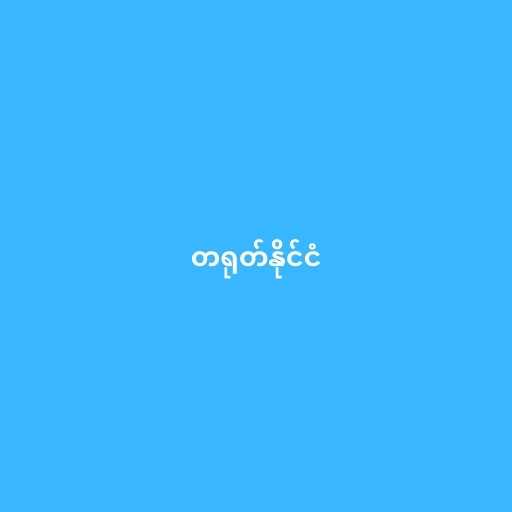
တရုတ်နိုင်ငံ